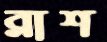
ব্লাশ